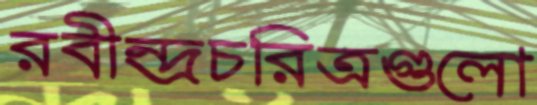
রবীন্দ্রচরিত্রগুলো